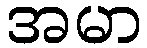
အမာ